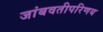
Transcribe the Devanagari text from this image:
जांबवतीपरिणय